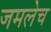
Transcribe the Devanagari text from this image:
जमलेच